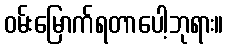
ဝမ်းမြောက်ရတာပေါ့ဘုရား။